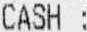
CASH :